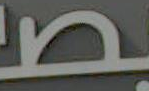
بص